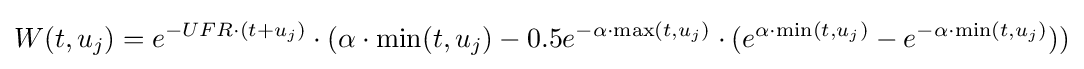
W(t,u_{j})=e^{-UFR\cdot (t+u_{j})}\cdot (\alpha \cdot \min(t,u_{j})-0.5e^{-\alpha \cdot \max(t,u_{j})}\cdot (e^{\alpha \cdot \min(t,u_{j})}-e^{-\alpha \cdot \min(t,u_{j})}))